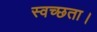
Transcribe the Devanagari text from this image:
स्वच्छता।